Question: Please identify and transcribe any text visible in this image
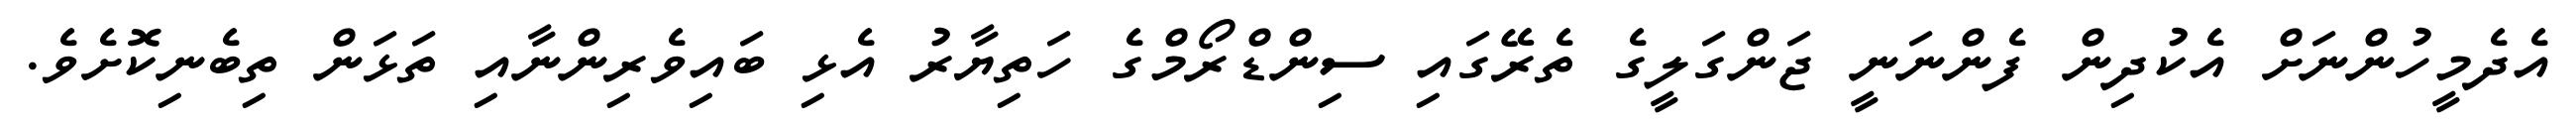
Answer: އެދެމީހުންނަށް އެކުދިން ފެންނަނީ ޖަންގަލީގެ ތެރޭގައި ސިންޑްރޯމްގެ ހަތިޔާރު އެޅި ބައިވެރިންނާއި ތަޅަން ތިބެނިކޮށެވެ.